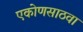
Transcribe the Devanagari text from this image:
एकोणसाठवा